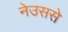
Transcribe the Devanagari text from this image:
नेउससे